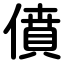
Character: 僨